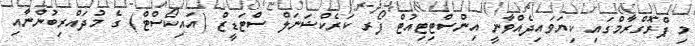
މި ޕްރޮގްރާމްގައި ކިޔަވައިދެއްވާނީ އިންސްޓިޓިއުޓް ފޯރ ކަރެކްޝަނަލް ސްޓަޑީޒް (އައިކޯސްޓް) ގެ މުދައްރިބުންނާއި